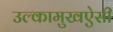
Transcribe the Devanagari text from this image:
उल्कामुखऐसी